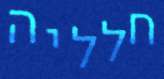
חלליה